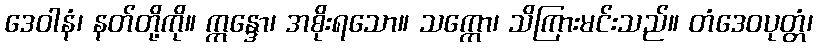
ဒေဝါနံ၊ နတ်တို့ကို။ ဣန္ဒော၊ အစိုးရသော။ သက္ကော၊ သိကြားမင်းသည်။ တံဒေဝပုတ္တံ၊